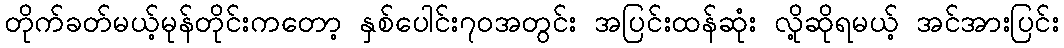
တိုက်ခတ်မယ့်မုန်တိုင်းကတော့ နှစ်ပေါင်း၇၀အတွင်း အပြင်းထန်ဆုံး လို့ဆိုရမယ့် အင်အားပြင်း